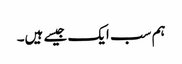
ہم سب ایک جیسے ہیں۔